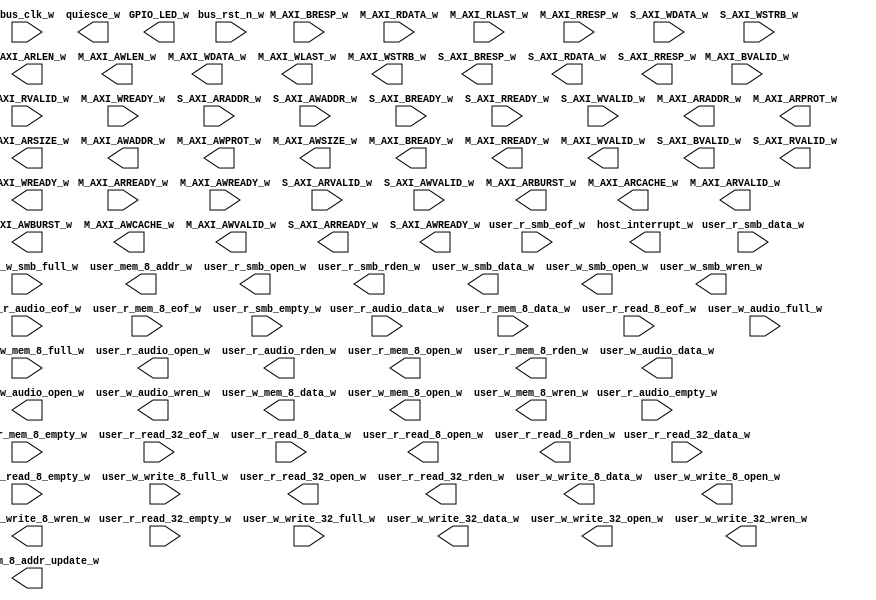
module xillybus_core
  (
  input  M_AXI_ARREADY_w,
  input  M_AXI_AWREADY_w,
  input [1:0] M_AXI_BRESP_w,
  input  M_AXI_BVALID_w,
  input [31:0] M_AXI_RDATA_w,
  input  M_AXI_RLAST_w,
  input [1:0] M_AXI_RRESP_w,
  input  M_AXI_RVALID_w,
  input  M_AXI_WREADY_w,
  input [31:0] S_AXI_ARADDR_w,
  input  S_AXI_ARVALID_w,
  input [31:0] S_AXI_AWADDR_w,
  input  S_AXI_AWVALID_w,
  input  S_AXI_BREADY_w,
  input  S_AXI_RREADY_w,
  input [31:0] S_AXI_WDATA_w,
  input [3:0] S_AXI_WSTRB_w,
  input  S_AXI_WVALID_w,
  input  bus_clk_w,
  input  bus_rst_n_w,
  input [31:0] user_r_audio_data_w,
  input  user_r_audio_empty_w,
  input  user_r_audio_eof_w,
  input [7:0] user_r_mem_8_data_w,
  input  user_r_mem_8_empty_w,
  input  user_r_mem_8_eof_w,
  input [31:0] user_r_read_32_data_w,
  input  user_r_read_32_empty_w,
  input  user_r_read_32_eof_w,
  input [7:0] user_r_read_8_data_w,
  input  user_r_read_8_empty_w,
  input  user_r_read_8_eof_w,
  input [7:0] user_r_smb_data_w,
  input  user_r_smb_empty_w,
  input  user_r_smb_eof_w,
  input  user_w_audio_full_w,
  input  user_w_mem_8_full_w,
  input  user_w_smb_full_w,
  input  user_w_write_32_full_w,
  input  user_w_write_8_full_w,
  output [3:0] GPIO_LED_w,
  output [31:0] M_AXI_ARADDR_w,
  output [1:0] M_AXI_ARBURST_w,
  output [3:0] M_AXI_ARCACHE_w,
  output [3:0] M_AXI_ARLEN_w,
  output [2:0] M_AXI_ARPROT_w,
  output [2:0] M_AXI_ARSIZE_w,
  output  M_AXI_ARVALID_w,
  output [31:0] M_AXI_AWADDR_w,
  output [1:0] M_AXI_AWBURST_w,
  output [3:0] M_AXI_AWCACHE_w,
  output [3:0] M_AXI_AWLEN_w,
  output [2:0] M_AXI_AWPROT_w,
  output [2:0] M_AXI_AWSIZE_w,
  output  M_AXI_AWVALID_w,
  output  M_AXI_BREADY_w,
  output  M_AXI_RREADY_w,
  output [31:0] M_AXI_WDATA_w,
  output  M_AXI_WLAST_w,
  output [3:0] M_AXI_WSTRB_w,
  output  M_AXI_WVALID_w,
  output  S_AXI_ARREADY_w,
  output  S_AXI_AWREADY_w,
  output [1:0] S_AXI_BRESP_w,
  output  S_AXI_BVALID_w,
  output [31:0] S_AXI_RDATA_w,
  output [1:0] S_AXI_RRESP_w,
  output  S_AXI_RVALID_w,
  output  S_AXI_WREADY_w,
  output  host_interrupt_w,
  output  quiesce_w,
  output  user_mem_8_addr_update_w,
  output [4:0] user_mem_8_addr_w,
  output  user_r_audio_open_w,
  output  user_r_audio_rden_w,
  output  user_r_mem_8_open_w,
  output  user_r_mem_8_rden_w,
  output  user_r_read_32_open_w,
  output  user_r_read_32_rden_w,
  output  user_r_read_8_open_w,
  output  user_r_read_8_rden_w,
  output  user_r_smb_open_w,
  output  user_r_smb_rden_w,
  output [31:0] user_w_audio_data_w,
  output  user_w_audio_open_w,
  output  user_w_audio_wren_w,
  output [7:0] user_w_mem_8_data_w,
  output  user_w_mem_8_open_w,
  output  user_w_mem_8_wren_w,
  output [7:0] user_w_smb_data_w,
  output  user_w_smb_open_w,
  output  user_w_smb_wren_w,
  output [31:0] user_w_write_32_data_w,
  output  user_w_write_32_open_w,
  output  user_w_write_32_wren_w,
  output [7:0] user_w_write_8_data_w,
  output  user_w_write_8_open_w,
  output  user_w_write_8_wren_w
);
endmodule